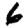
Digit: 6